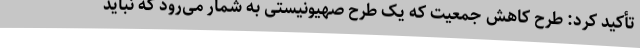
تأکید کرد: طرح کاهش جمعیت که یک طرح صهیونیستی به شمار می‌رود که نباید